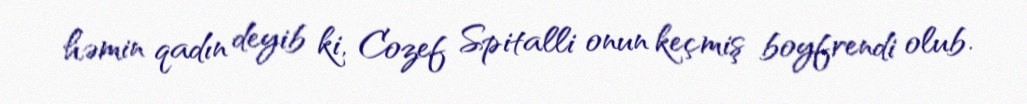
həmin qadın deyib ki, Cozef Spitalli onun keçmiş boyfrendi olub.